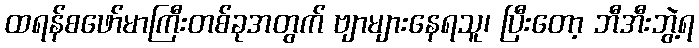
ထရန်စဖော်မာကြီးတစ်ခုအတွက် ဗျာများနေရသူ၊ ပြီးတော့ ဘီအီးဘွဲ့ရ